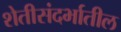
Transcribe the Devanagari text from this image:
शेतीसंदर्भातील